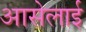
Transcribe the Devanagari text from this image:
आसेलाई